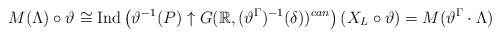
LaTeX: \begin{align*} M(\Lambda) \circ \vartheta \cong \mathrm{Ind}\left( \vartheta^{-1}(P)\uparrow G(\mathbb{R}, (\vartheta^{\Gamma})^{-1}(\delta) )^{can} \right)(X_{L} \circ \vartheta) =M(\vartheta^{\Gamma} \cdot \Lambda)\end{align*}